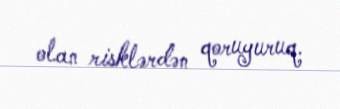
olan risklərdən qoruyuruq.